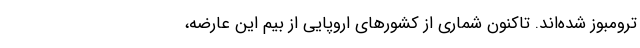
ترومبوز شده‌اند. تاکنون شماری از کشورهای اروپایی از بیم این عارضه،